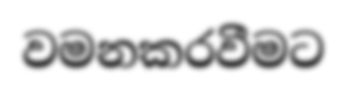
වමනකරවීමට